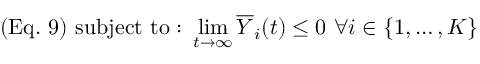
( { \mathrm { E q . ~ } } 9 ) { \mathrm { ~ } } { \mathrm { s u b j e c t ~ t o : ~ } } \operatorname* { l i m } _ { t \rightarrow \infty } { \overline { { Y } } } _ { i } ( t ) \leq 0 { \mathrm { ~ } } \forall i \in \{ 1 , \ldots , K \}